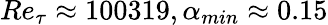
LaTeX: Re_{\tau}\approx 100319,\alpha_{min}\approx 0.15